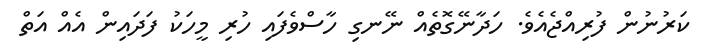
ކަރުނުން ފުރިއްޖެއެވެ. ހަދާނޭގޮތެއް ނޭނގި ހާސްވެފައި ހުރި މީހަކު ފަދައިން އެއް އަތް